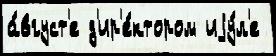
а́вгуст'е д'ир'е́ктором иjу́л'е